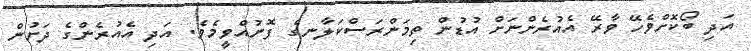
އަދި ބޯކޮށްވެހޭ ވާރޭ އެއުރެންނަށް އުޑުން ތިމަންރަސްކަލާނގެ ފޮނުއްވީމެވެ. އަދި އެއުރެންގެ ދަށުން